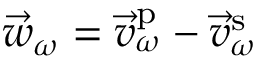
\vec { w } _ { \omega } = \vec { v } _ { \omega } ^ { \mathrm { p } } - \vec { v } _ { \omega } ^ { \mathrm { s } }